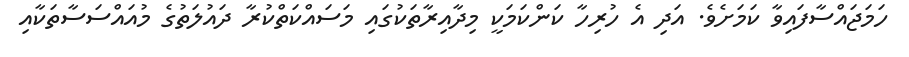
ހަމަޖައްސާފައިވާ ކަމަށެވެ. އަދި އެ ހުރިހާ ކަންކަމަކީ މިދާއިރާތަކުގައި މަސައްކަތްކުރާ ދައުލަތުގެ މުއައްސަސާތަކާއި